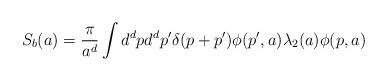
LaTeX: \begin{align*}S_b(a)= \frac {\pi} {a^d} \int d^dp d^dp' \delta(p+p') \phi(p',a)\lambda_2(a) \phi(p,a) \end{align*}